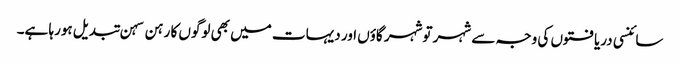
سائنسی دریافتوں کی وجہ سے شہر توشہر گاؤں اور دیہات میں بھی لوگوں کا رہن سہن تبدیل ہورہا ہے۔